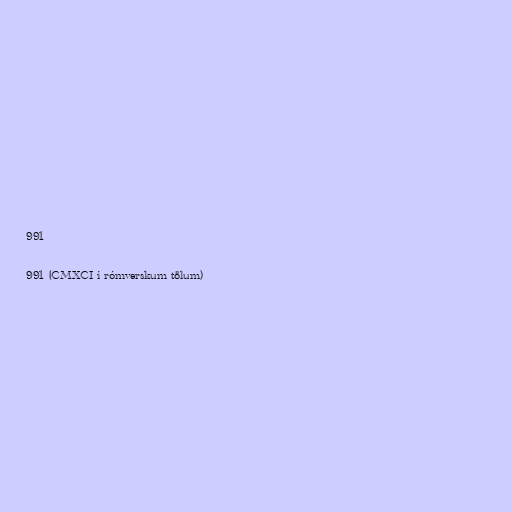
991

991 (CMXCI í rómverskum tölum)